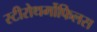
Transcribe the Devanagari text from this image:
स्टीरोथर्मोफिलस